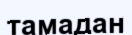
тамадан